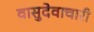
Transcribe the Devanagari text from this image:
वासुदेवाचारी